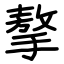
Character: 摮